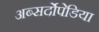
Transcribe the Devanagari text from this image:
अब्सर्दोपेडिया